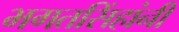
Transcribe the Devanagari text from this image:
भगतसिंहांनी